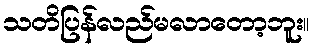
သတိပြန်လည်မလာတော့ဘူး။